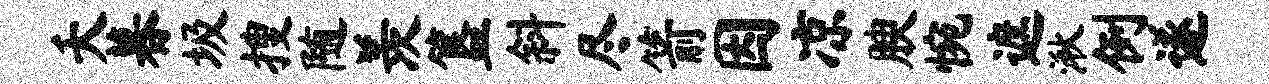
夭暮圾搜随羡簋斜尽箭因凉腴惋遮湫例遂